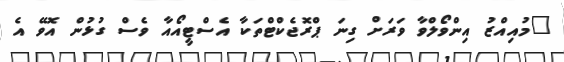
"މުއިއްޒު އިންވޯލްވާ ވަރަށް ގިނަ ޕްރޮޖެކްޓްތަކާ އެސްޓީއޯއާ ވެސް ގުޅުން އޮވޭ އެ